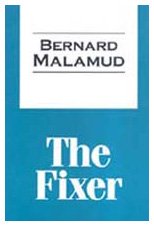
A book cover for The Fixer (Transaction Large Print Books); Bernard Malamud; Travel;